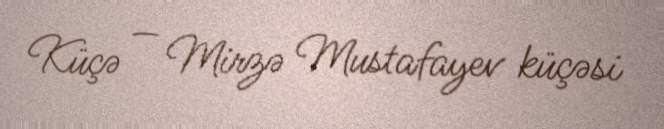
Küçə — Mirzə Mustafayev küçəsi